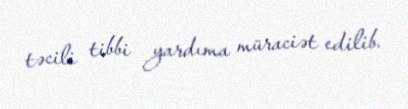
təcili tibbi yardıma müraciət edilib.